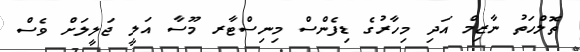
ތޮލްހަތު ނާޒިމް އަދި މިހާރުގެ ޑިފެންސް މިނިސްޓާރ މޫސާ އަލީ ޖަލީލަށް ވެސް